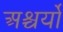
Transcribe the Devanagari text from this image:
अश्चर्यों